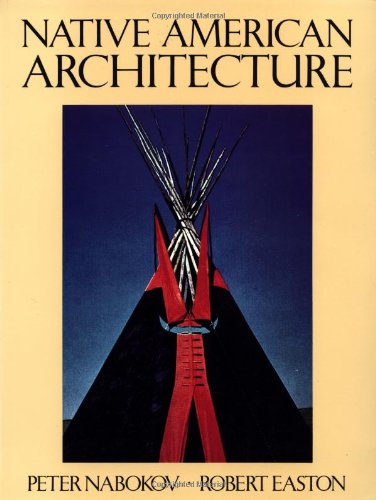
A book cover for Native American Architecture; Peter Nabokov; Arts & Photography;